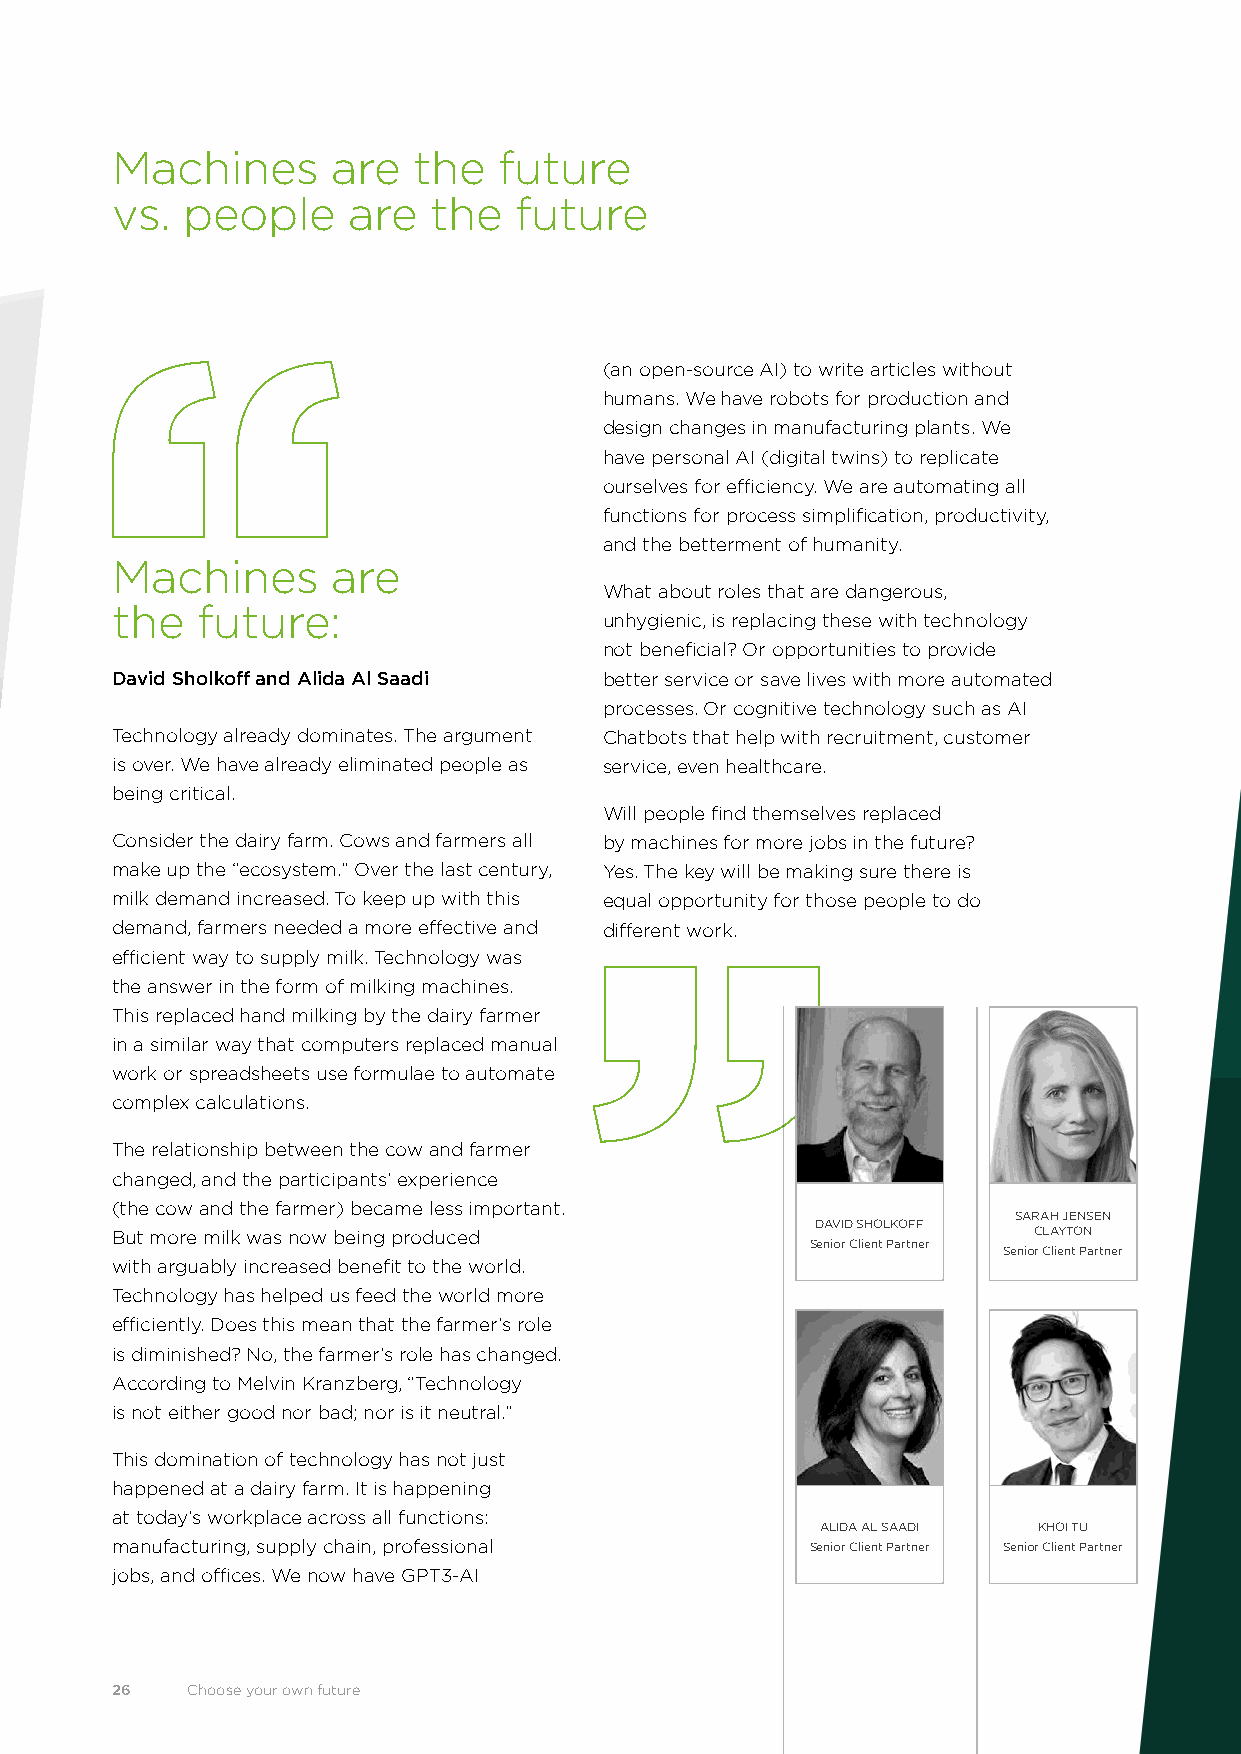
Machines       are  the   future
 vs.  people     are   the  future
 (an open-source AI) to write articles without
 humans. We have robots for production and
 design changes in manufacturing plants. We
 have personal AI (digital twins) to replicate
 ourselves for efficiency. We are automating all
 functions for process simplification, productivity,
 and the betterment of humanity.
 Machines       are
 What about roles that are dangerous,
 the   future:
 unhygienic, is replacing these with technology
 not beneficial? Or opportunities to provide
 David Sholkoff and Alida Al Saadi better service or save lives with more automated
 processes. Or cognitive technology such as AI
 Technology already dominates. The argument Chatbots that help with recruitment, customer
 is over. We have already eliminated people as service, even healthcare.
 being critical.
 Will people find themselves replaced
 Consider the dairy farm. Cows and farmers all by machines for more jobs in the future?
 make up the “ecosystem.” Over the last century, Yes. The key will be making sure there is
 milk demand increased. To keep up with this equal opportunity for those people to do
 demand, farmers needed a more effective and different work.
 efficient way to supply milk. Technology was
 the answer in the form of milking machines.
 This replaced hand milking by the dairy farmer
 in a similar way that computers replaced manual
 work or spreadsheets use formulae to automate
 complex calculations.
 The relationship between the cow and farmer
 changed, and the participants’ experience
 (the cow and the farmer) became less important.
 SARAH JENSEN
 DAVID SHOLKOFF
 But more milk was now being produced                         CLAYTON
 Senior Client Partner
 Senior Client Partner
 with arguably increased benefit to the world.
 Technology has helped us feed the world more
 efficiently. Does this mean that the farmer’s role
 is diminished? No, the farmer’s role has changed.
 According to Melvin Kranzberg, “Technology
 is not either good nor bad; nor is it neutral.”
 This domination of technology has not just
 happened at a dairy farm. It is happening
 at today’s workplace across all functions:
 ALIDA AL SAADI KHOI TU
 manufacturing, supply chain, professional      Senior Client Partner Senior Client Partner
 jobs, and offices. We now have GPT3-AI
 26   Choose your own future